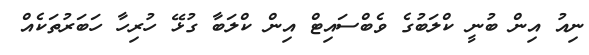
ނިއު އިން ބުނީ ކްލަބުގެ ވެބްސައިޓް އިން ކްލަބާ ގުޅޭ ހުރިހާ ހަބަރުތަކެއް